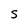
Character: S